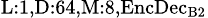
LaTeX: _{\textrm{L}:1,\textrm{D}:64,\textrm{M}:8,\textrm{EncDec}_{\textrm{B}2}}